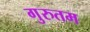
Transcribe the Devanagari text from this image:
गुरुतम